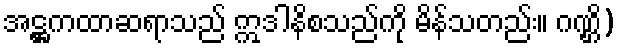
အဋ္ဌကထာဆရာသည် ဣဒါနိစသည်ကို မိန်သတည်း။ ဂဏ္ဌိ)